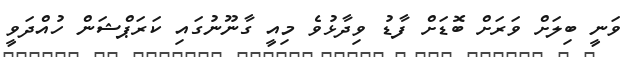
ވަނީ ބިލަށް ވަރަށް ބޮޑަށް ފާޑު ވިދާޅުވެ މިއީ ގާނޫނުގައި ކަރަޕްޝަން ހުއްދަވީ